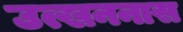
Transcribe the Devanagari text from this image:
उत्खननास